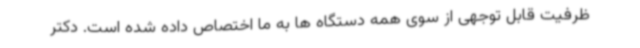
ظرفیت قابل توجهی از سوی همه دستگاه ها به ما اختصاص داده شده است. دکتر